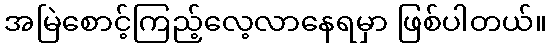
အမြဲစောင့်ကြည့်လေ့လာနေရမှာ ဖြစ်ပါတယ်။